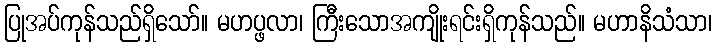
ပြုအပ်ကုန်သည်ရှိသော်။ မဟပ္ဖလာ၊ ကြီးသောအကျိုးရင်းရှိကုန်သည်။ မဟာနိသံသာ၊